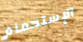
الإستحمام